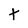
Character: t